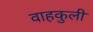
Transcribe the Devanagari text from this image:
वाहकुली